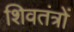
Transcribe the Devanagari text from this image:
शिवतंत्रों